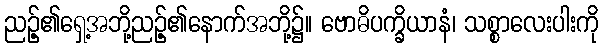
ညဉ့်၏ရှေ့အဘို့ညဉ့်၏နောက်အဘို့၌။ ဗောဓိပက္ခိယာနံ၊ သစ္စာလေးပါးကို